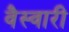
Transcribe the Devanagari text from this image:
वैस्वारी